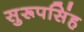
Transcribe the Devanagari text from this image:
सुरूपसिंह